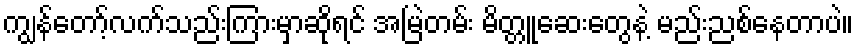
ကျွန်တော့်လက်သည်းကြားမှာဆိုရင် အမြဲတမ်း မိတ္တူဆေးတွေနဲ့ မည်းညစ်နေတာပဲ။